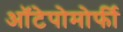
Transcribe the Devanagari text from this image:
ऑटेपोमोर्फी